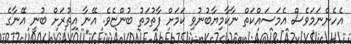
އެހެންނަމަވެސް އެމަސައްކަތް ނާކާމިޔާބުނުވި ކަމަށް ފާތުމަތު ބުންޏެވެ. އޭނާ އިތުރަށް ބުނީ އޭނާގެ